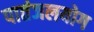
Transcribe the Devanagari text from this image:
पातंजलयोग